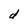
Character: d